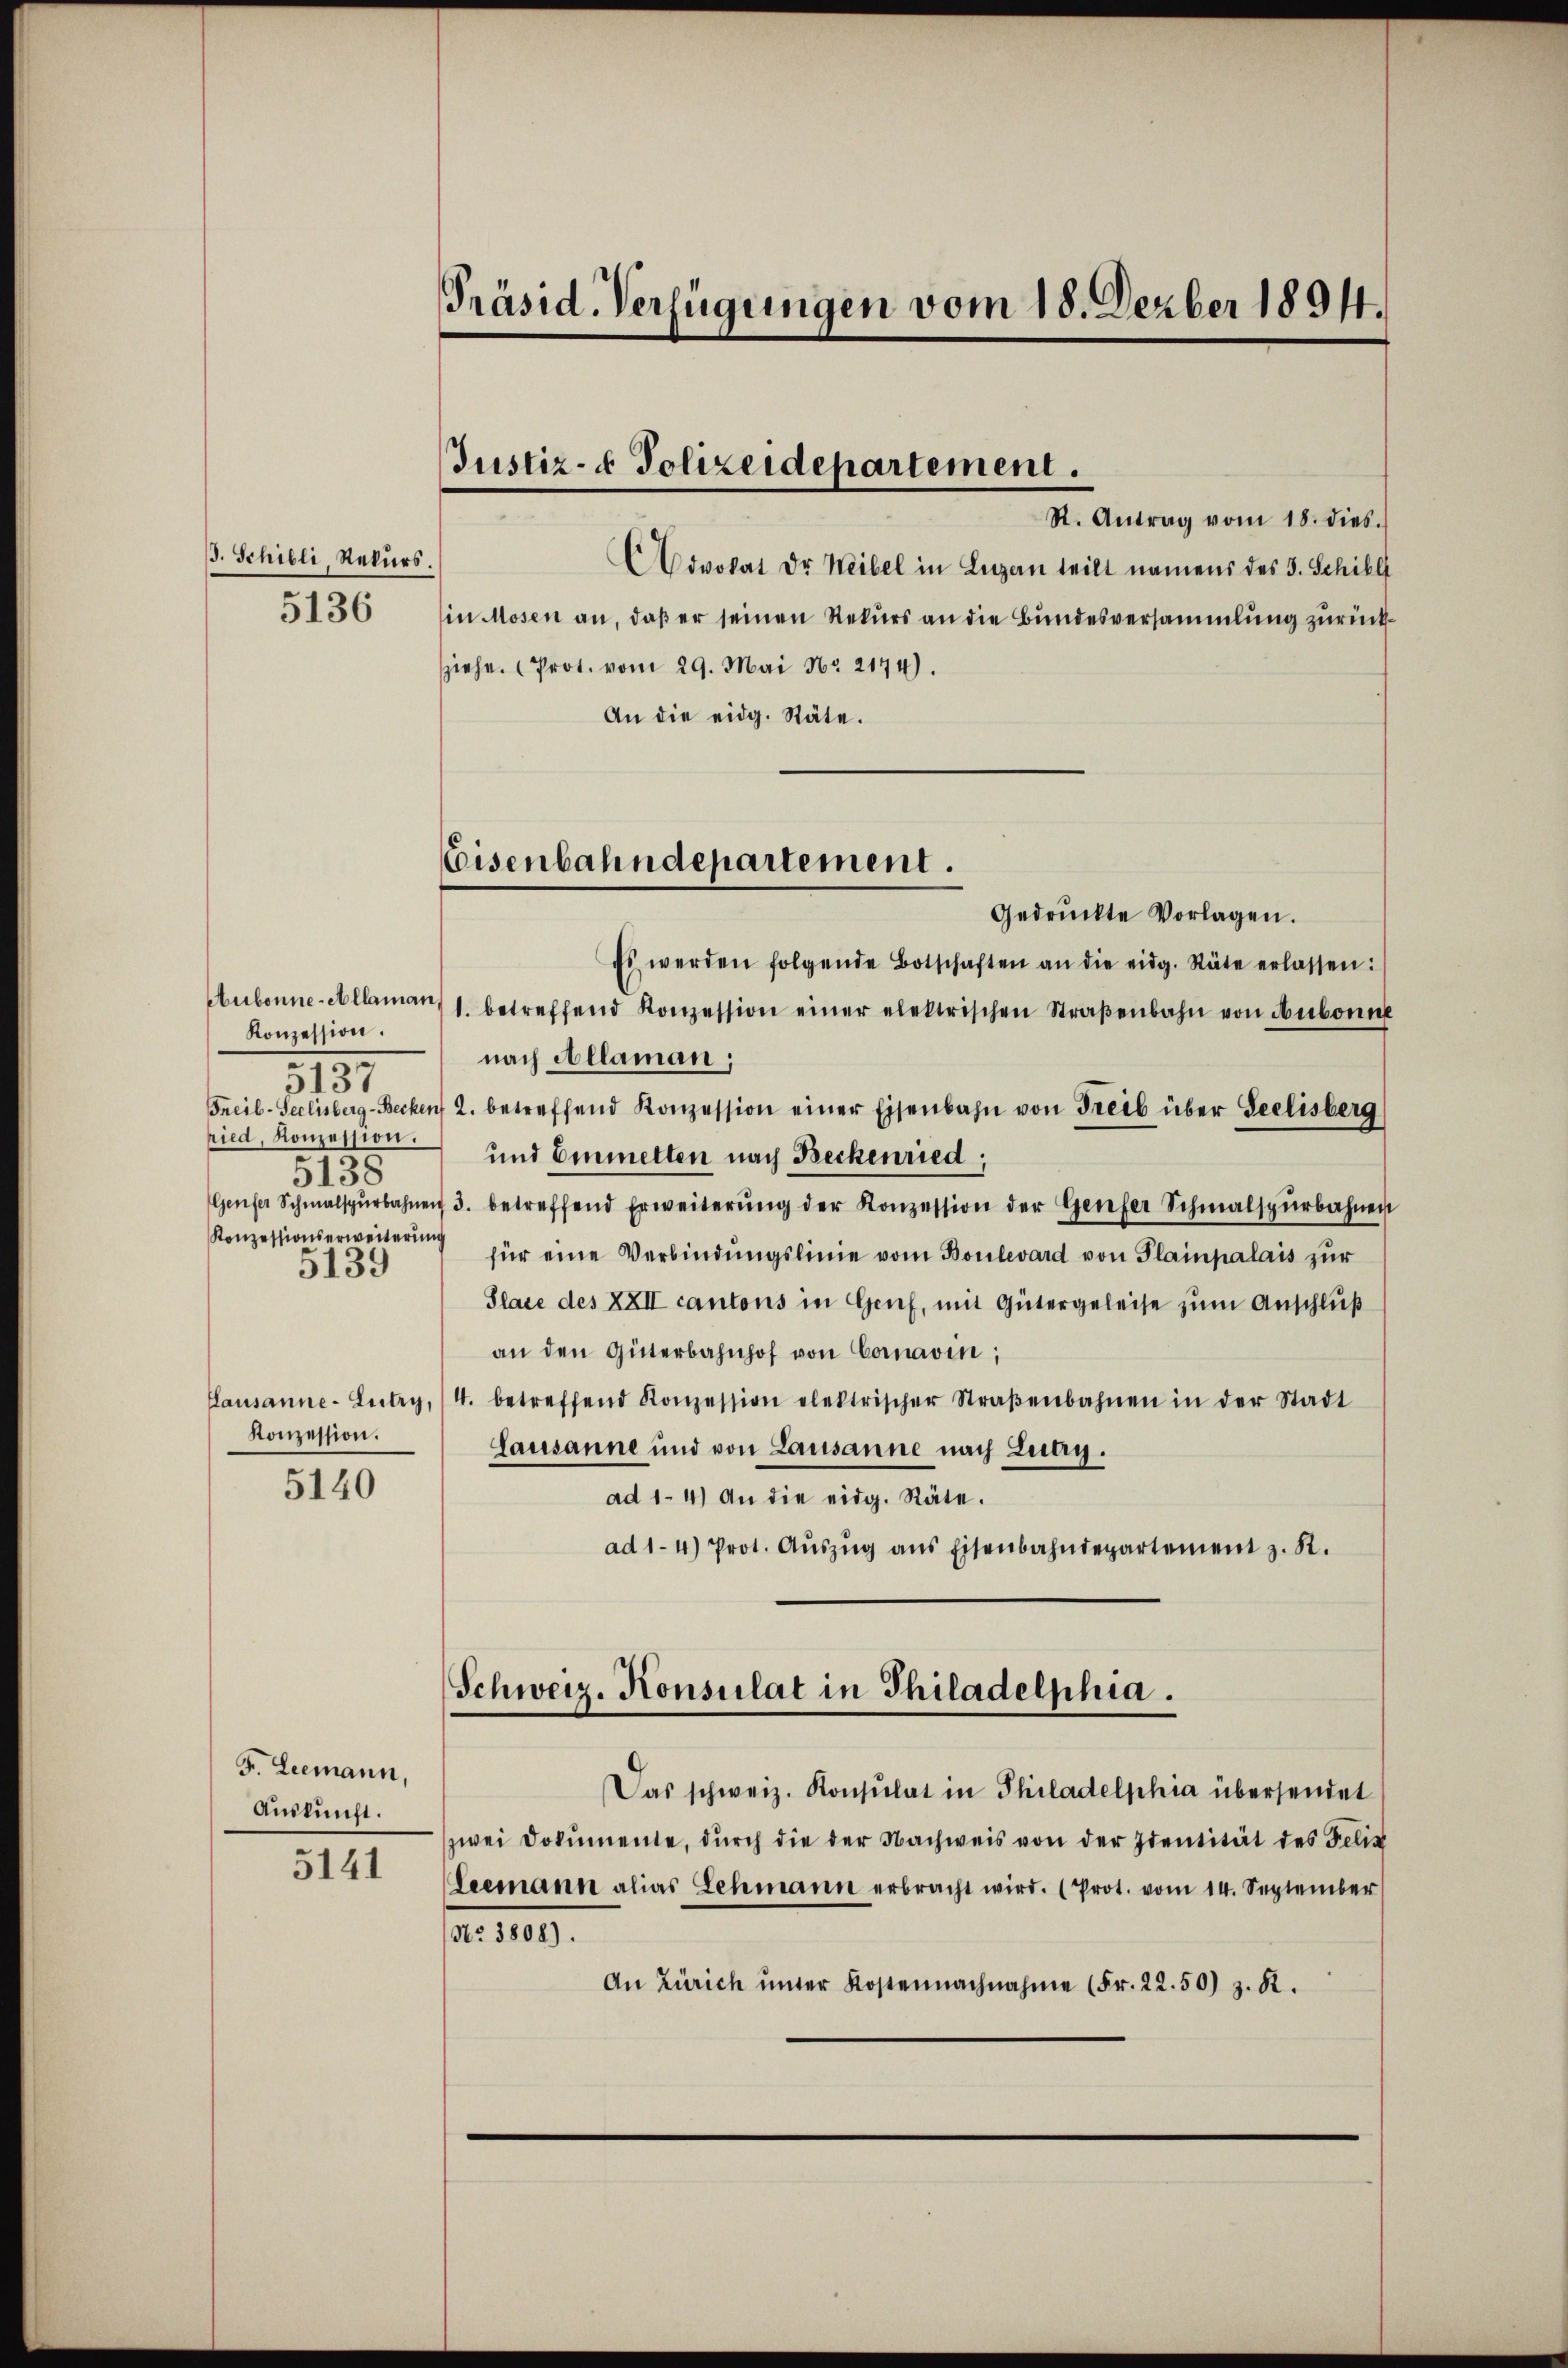
. Schilli, Rekurs.
5136

Aubonne-Allaman,
Konzession.
3137
ried, Konzession.
.
3138
Konzessionserweiterung
5139

2

Konzession.

5140

F. Leemann,
Auskunft.

5141

Präsid. Verfügungen vom 18. Dezber 1894.

R. Antrag vom 18. dies.
Dovokat Dr Weibel in Luzern teilt namens des 5. Schilli
in Mosen an, daß er seinen Rekurs an die Bundesversammlung zurückiehe. Prot. vom 29. Mai No 2174).
An die eidg. Stäte.
Es werden folgende Botschaften an die eidg. Stäte erlassen:
1. betreffend Konzession einer elektrischen Straβenbahn von Hubonne
nach Allaman;
Freil-Seclisberg-Becken 2. betreffend Konzession einer Eisenbahn von Freib über Seelisberg
und Emmelten nach Beckenried,
Genfer Schmalspŭrbahnen 3. betreffend Erweiterŭng der Konzession der Genfer Schmalspürbahnen
für eine Verbindŭngslinie vom Boulevard von Plainpalais zur
Place des XXII cantons in Genf, mit Gütergeleise zum Anschluß
an den Güterbahnhof von Coravin;
Lausanne-Lutry, (4. betreffend Konzession elektrischer Straβenbahnen in der Stadt
Gausanne und von Lausanne nach Lutry.
ad 1. 4) An die eidg. Räte.
ad 1-4) Prot. Aŭszŭg ans Eisenbahndepartement z. B.

Justiz- & Polizeidepartement.

Ceisenbahndepartement.
Gedruckte Vorlagen.

Schweiz. Konsulat in Philadelphia.

Das schweiz. Konsulat in Philadelphia übersendet
zwei Dokumente, dŭrch die der Nachweis von der Identität des Felix
Leemann alias Lehmann erbracht wird. (Prot. vom 14. September
No. 3808).
An Zürich ŭnter Kostennachnahme (Fr. 22.50) z. R.